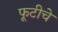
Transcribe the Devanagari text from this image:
फूटीचे